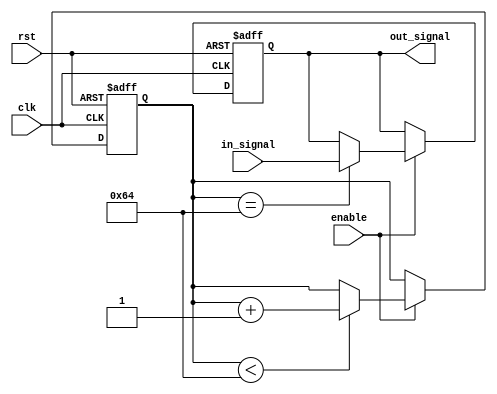
module RC_delay(
    input wire clk,
    input wire rst,
    input wire enable,
    input wire in_signal,
    output reg out_signal
);

parameter DELAY_VALUE = 100; // Define delay value in number of clock cycles

reg [31:0] delay_counter;

wire clk_delayed;

assign clk_delayed = (delay_counter == DELAY_VALUE) ? clk : 1'b0;

always @ (posedge clk or posedge rst) begin
    if(rst) begin
        delay_counter <= 0;
        out_signal <= 1'b0;
    end
    else if(enable) begin
        if(delay_counter < DELAY_VALUE) begin
            delay_counter <= delay_counter + 1;
        end
        if(delay_counter == DELAY_VALUE) begin
            out_signal <= in_signal;
        end
    end
end

endmodule